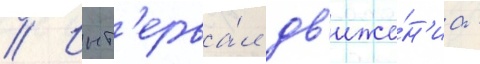
// Инт'ерва́л дв'иже́н'иа -